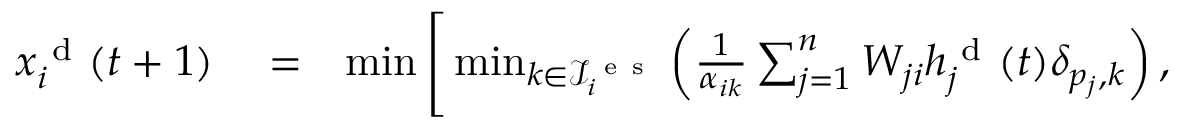
\begin{array} { r l r } { x _ { i } ^ { \mathrm { ~ d ~ } } ( t + 1 ) } & { { } = } & { \operatorname* { m i n } \Bigg [ \operatorname* { m i n } _ { k \in \mathcal { I } _ { i } ^ { \mathrm { ~ e ~ s ~ } } } \left( \frac { 1 } { \alpha _ { i k } } \sum _ { j = 1 } ^ { n } W _ { j i } h _ { j } ^ { \mathrm { ~ d ~ } } ( t ) \delta _ { p _ { j } , k } \right) , } \end{array}